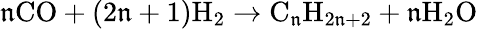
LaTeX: \mathfrak{n}\mathrm{{CO}}+(2\mathfrak{n}+1)\mathrm{{H_{2}}}\rightarrow\mathrm{{C_{\mathfrak{n}}H_{2\mathfrak{n}+2}}}+\mathfrak{n}\mathrm{{H_{2}O}}